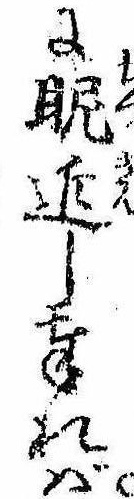
に眤近し奉れば